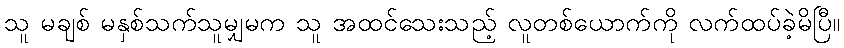
သူ မချစ် မနှစ်သက်သူမျှမက သူ အထင်သေးသည့် လူတစ်ယောက်ကို လက်ထပ်ခဲ့မိပြီ။